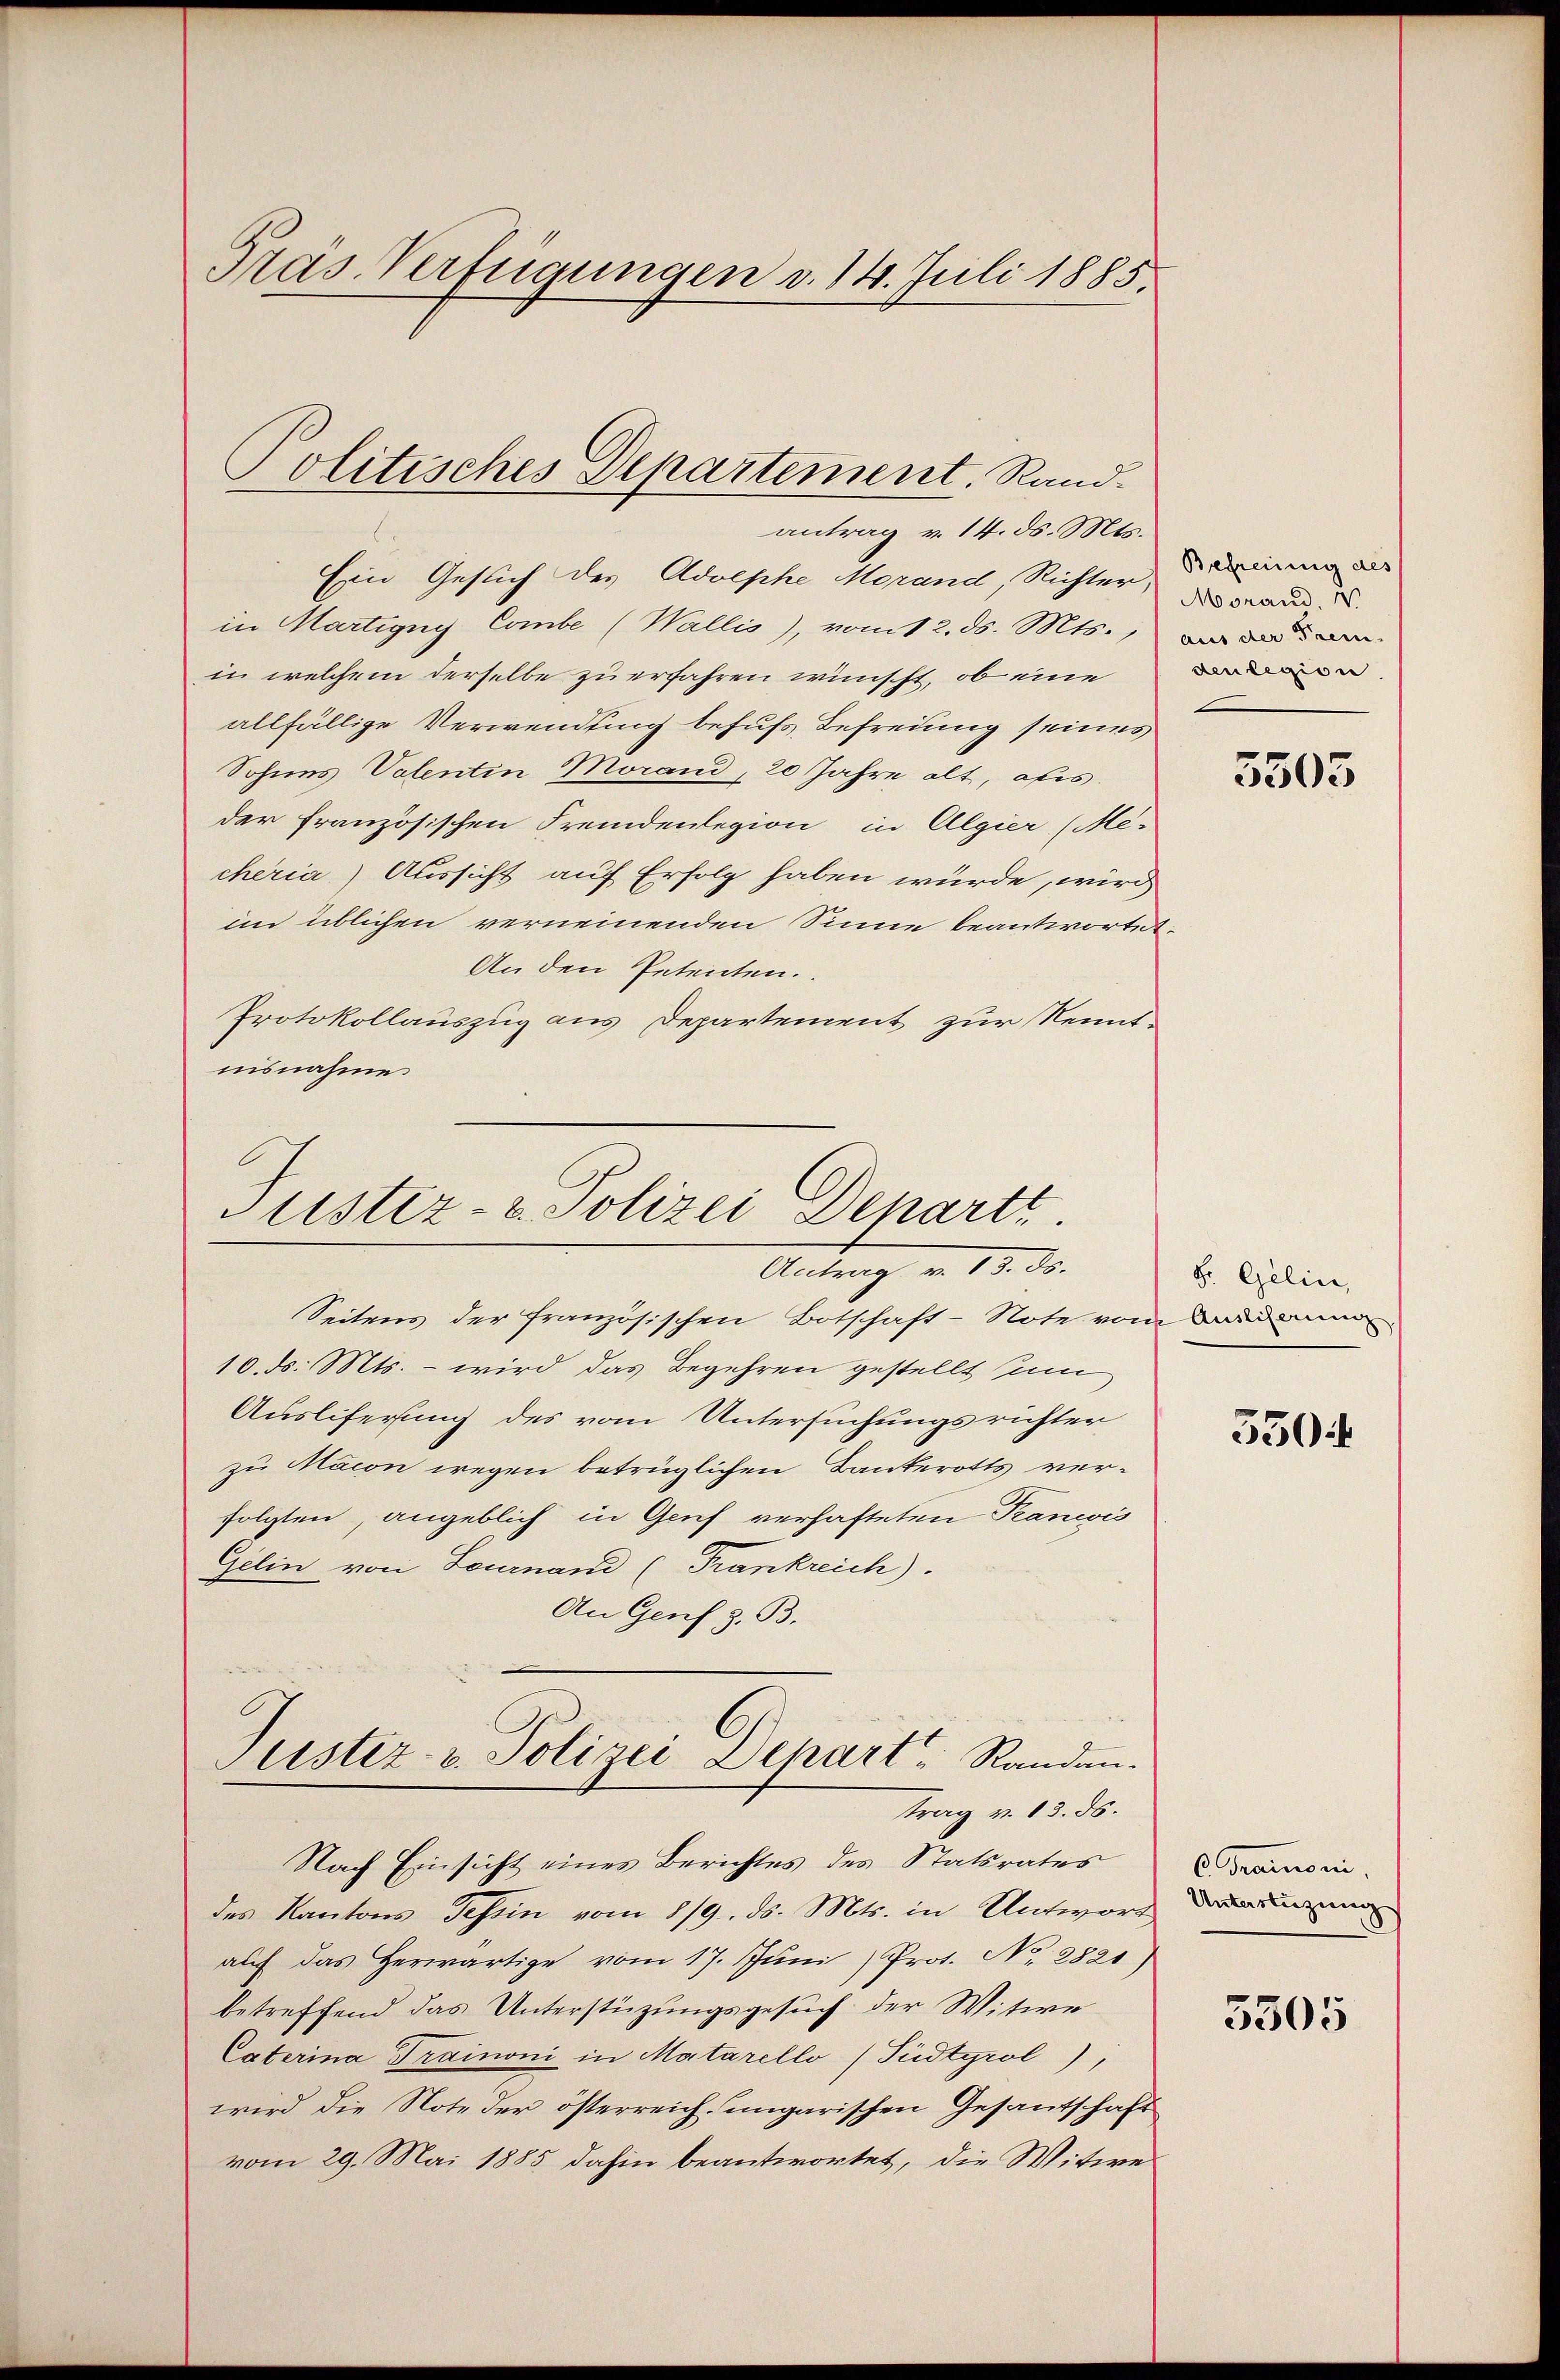
Präs. Verfügungen d. 14. Juli 1885.

Politisches Departement. Rand-

antrag v. 14. ds. Mts.
Ein Geslich des Adolphe Morand, Richter, das Grand
in Martigny Combe (Wallis), vom 12. ds. Mts., der
in welchem derselbe zu erfahren wünscht, ob eine
allfällige Verwendung behufs Befreiung seines
Sohnes Valentin Morand, 20 Jahre alt, ofs.
der französischen Fremdenlegion in Algier (Me-
cheria) Aussicht auf Erfolg haben würde, wird
im üblichen verneinenden Sinne beantwortet.
An den Petenten.
Protokollauszug aus Departement zur Nenntnisnahme.

Justiz- u. Polizei Departt
Antrag v. 13. ds.

Seitens der französischen Botschaft - Note vom Badene
10. ds. Mts. – wird das Begehren gestellt in
Ausliferung des vom Untersuchungsrichter
zu Macon wegen betrüglichen Bankerotts verfolgten, angeblich in Genf verhafteten Pancis
Gelin von Leutnand (Frankreich).
An Genf z. B.
Justiz- & Polizei Depart Randen.
trag v. 13. ds.
Nach Einsicht eines Berichtes des Statsrates
des Kantons Tessin vom 8/9. ds. Mts. in Antwort
aŭf das herwärtige vom 17. Jŭni Prot. No. 2821)
betreffend das Unterstüzungsgesuch der Witwe
Caterina Trainoni in Matarello (Sudtgrol),
wird die Note der österreich ungarischen Gesantschaft
vom 29. Mai 1885 dahin beantwortet, die Witwe

Befreiung des
den legion

5503

8. Gelin,

550

6. Tramoni.
Untertigung

5305